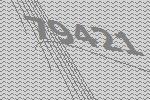
79421